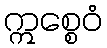
ဣစ္စေဝံ